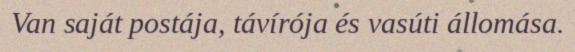
Van saját postája, távírója és vasúti állomása.